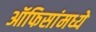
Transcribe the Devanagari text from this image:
ऑफिसांमध्ये